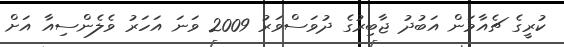
ކުރީގެ ޗެއާމަން އަބުދު ޖާބިރުގެ ދުވަސްވަރު 2009 ވަނަ އަހަރު ވެލެންސިއާ އަށް